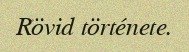
Rövid története.